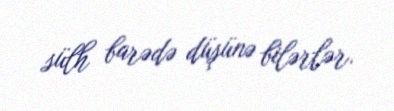
sülh barədə düşünə bilərlər.